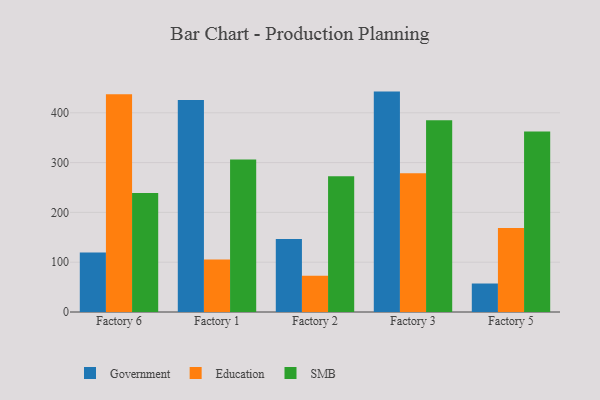
{"axis": {"x": "Factory", "y": "Latency (ms)"}, "legend": ["Education", "Government", "SMB"], "data": [{"x": "Factory 6", "y": 119.5, "type": "Government"}, {"x": "Factory 6", "y": 437.4, "type": "Education"}, {"x": "Factory 6", "y": 239.1, "type": "SMB"}, {"x": "Factory 1", "y": 425.4, "type": "Government"}, {"x": "Factory 1", "y": 105.4, "type": "Education"}, {"x": "Factory 1", "y": 306.2, "type": "SMB"}, {"x": "Factory 2", "y": 146.4, "type": "Government"}, {"x": "Factory 2", "y": 72.7, "type": "Education"}, {"x": "Factory 2", "y": 272.7, "type": "SMB"}, {"x": "Factory 3", "y": 442.5, "type": "Government"}, {"x": "Factory 3", "y": 278.8, "type": "Education"}, {"x": "Factory 3", "y": 385.2, "type": "SMB"}, {"x": "Factory 5", "y": 57.2, "type": "Government"}, {"x": "Factory 5", "y": 168.5, "type": "Education"}, {"x": "Factory 5", "y": 362.4, "type": "SMB"}]}